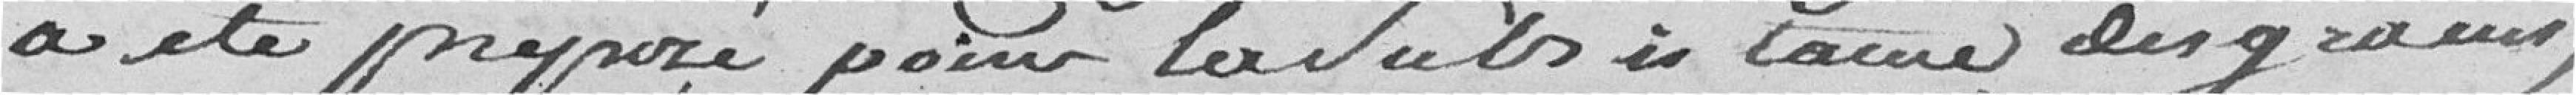
a été proposé pour la subsistance des grains